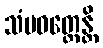
သံပဝတ္တေန္တိ